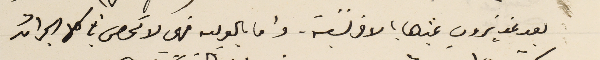
بعد غدٍ ترون غيرها بالافرنسية. واما بالعربيه فهي لا تحصى في كل الجرائد